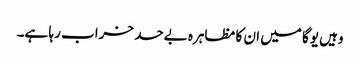
وہیں یوگا میں ان کا مظاہرہ بےحد خراب رہا ہے۔